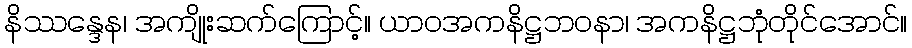
နိဿန္ဒေန၊ အကျိုးဆက်ကြောင့်။ ယာဝအကနိဋ္ဌဘဝနာ၊ အကနိဋ္ဌဘုံတိုင်အောင်။